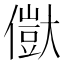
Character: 𠏥